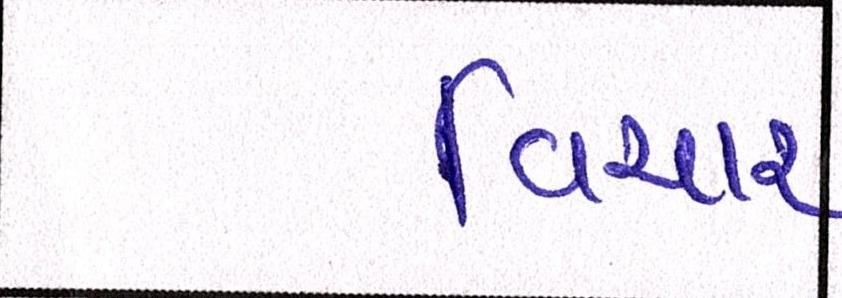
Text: વિચાર